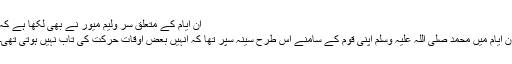
ان ایام کے متعلق سر ولیم میور نے بھی لکھا ہے کہ
ان ایام میں محمد صلی اللہ علیہ وسلم اپنی قوم کے سامنے اس طرح سینہ سپر تھا کہ انہیں بعض اوقات حرکت کی تاب نہیں ہوتی تھی۔